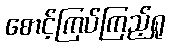
စောင့်ကြပ်ကြည့်ရှု